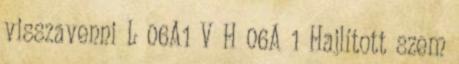
visszavenni L 06A1 V H 06A 1 Hajlított szem